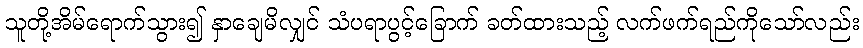
သူတို့အိမ်ရောက်သွား၍ နှာချေမိလျှင် သံပရာပွင့်ခြောက် ခတ်ထားသည့် လက်ဖက်ရည်ကိုသော်လည်း